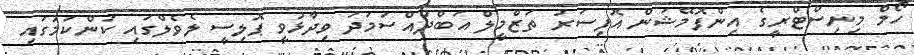
ހޯމް މިނިސްޓްރީގެ އިންފޮމޭޝަން އޮފިސަރު ތަޒްމީލް އަބްދުއްސަމަދު ވިދާޅުވީ ޕޮލިސީ ލެވެލްގައި ކަންކަމުގައި